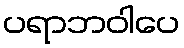
ပရာဘဝါပေ